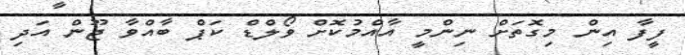
ފީފާ އިން މިގޮތަށް ނިންމީ އާއްމުކޮށް ވޯލްޑް ކަޕް ބާއްވާ ޖޫން އަދި